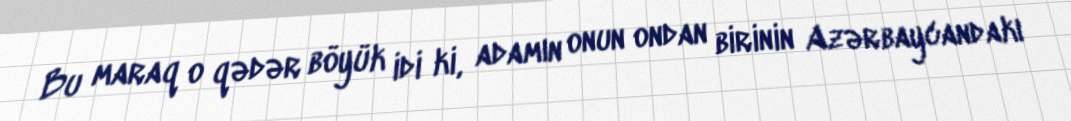
Bu maraq o qədər böyük idi ki, adamın onun ondan birinin Azərbaycandakı